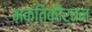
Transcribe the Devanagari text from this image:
भक्तिकीर्तन